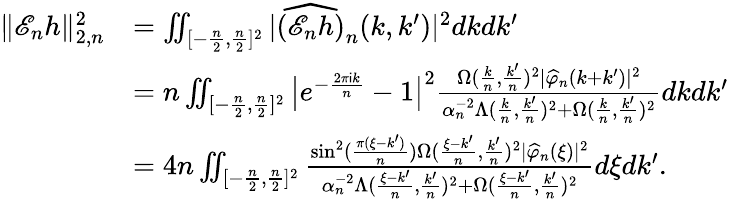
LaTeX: \begin{array}{rl}{\| \mathscr{E}_{n}h\| _{2,n}^{2}}&{=\iint_{[-\frac{n}{2},\frac{n}{2}]^{2}}|\widehat{(\mathscr{E}_{n}h)}_{n}(k,k^{\prime})|^{2}dkdk^{\prime}}\\ &{=n\iint_{[-\frac{n}{2},\frac{n}{2}]^{2}}\big|e^{-\frac{2\pi\mathsf{i}k}{n}}-1\big|^{2}\frac{\Omega(\frac{k}{n},\frac{k^{\prime}}{n})^{2}|\widehat{\varphi}_{n}(k+k^{\prime})|^{2}}{\alpha_{n}^{-2}\Lambda(\frac{k}{n},\frac{k^{\prime}}{n})^{2}+\Omega(\frac{k}{n},\frac{k^{\prime}}{n})^{2}}dkdk^{\prime}}\\ &{=4n\iint_{[-\frac{n}{2},\frac{n}{2}]^{2}}\frac{\sin^{2}(\frac{\pi(\xi-k^{\prime})}{n})\Omega(\frac{\xi-k^{\prime}}{n},\frac{k^{\prime}}{n})^{2}|\widehat{\varphi}_{n}(\xi)|^{2}}{\alpha_{n}^{-2}\Lambda(\frac{\xi-k^{\prime}}{n},\frac{k^{\prime}}{n})^{2}+\Omega(\frac{\xi-k^{\prime}}{n},\frac{k^{\prime}}{n})^{2}}d\xi dk^{\prime}.}\end{array}